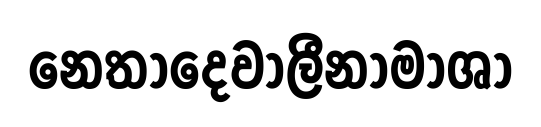
නෙතාදෙවාලීනාමාශා